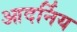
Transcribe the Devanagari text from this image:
आदर्निय